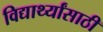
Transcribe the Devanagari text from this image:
विद्यार्थ्‍यांसाठी